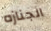
الجنازه